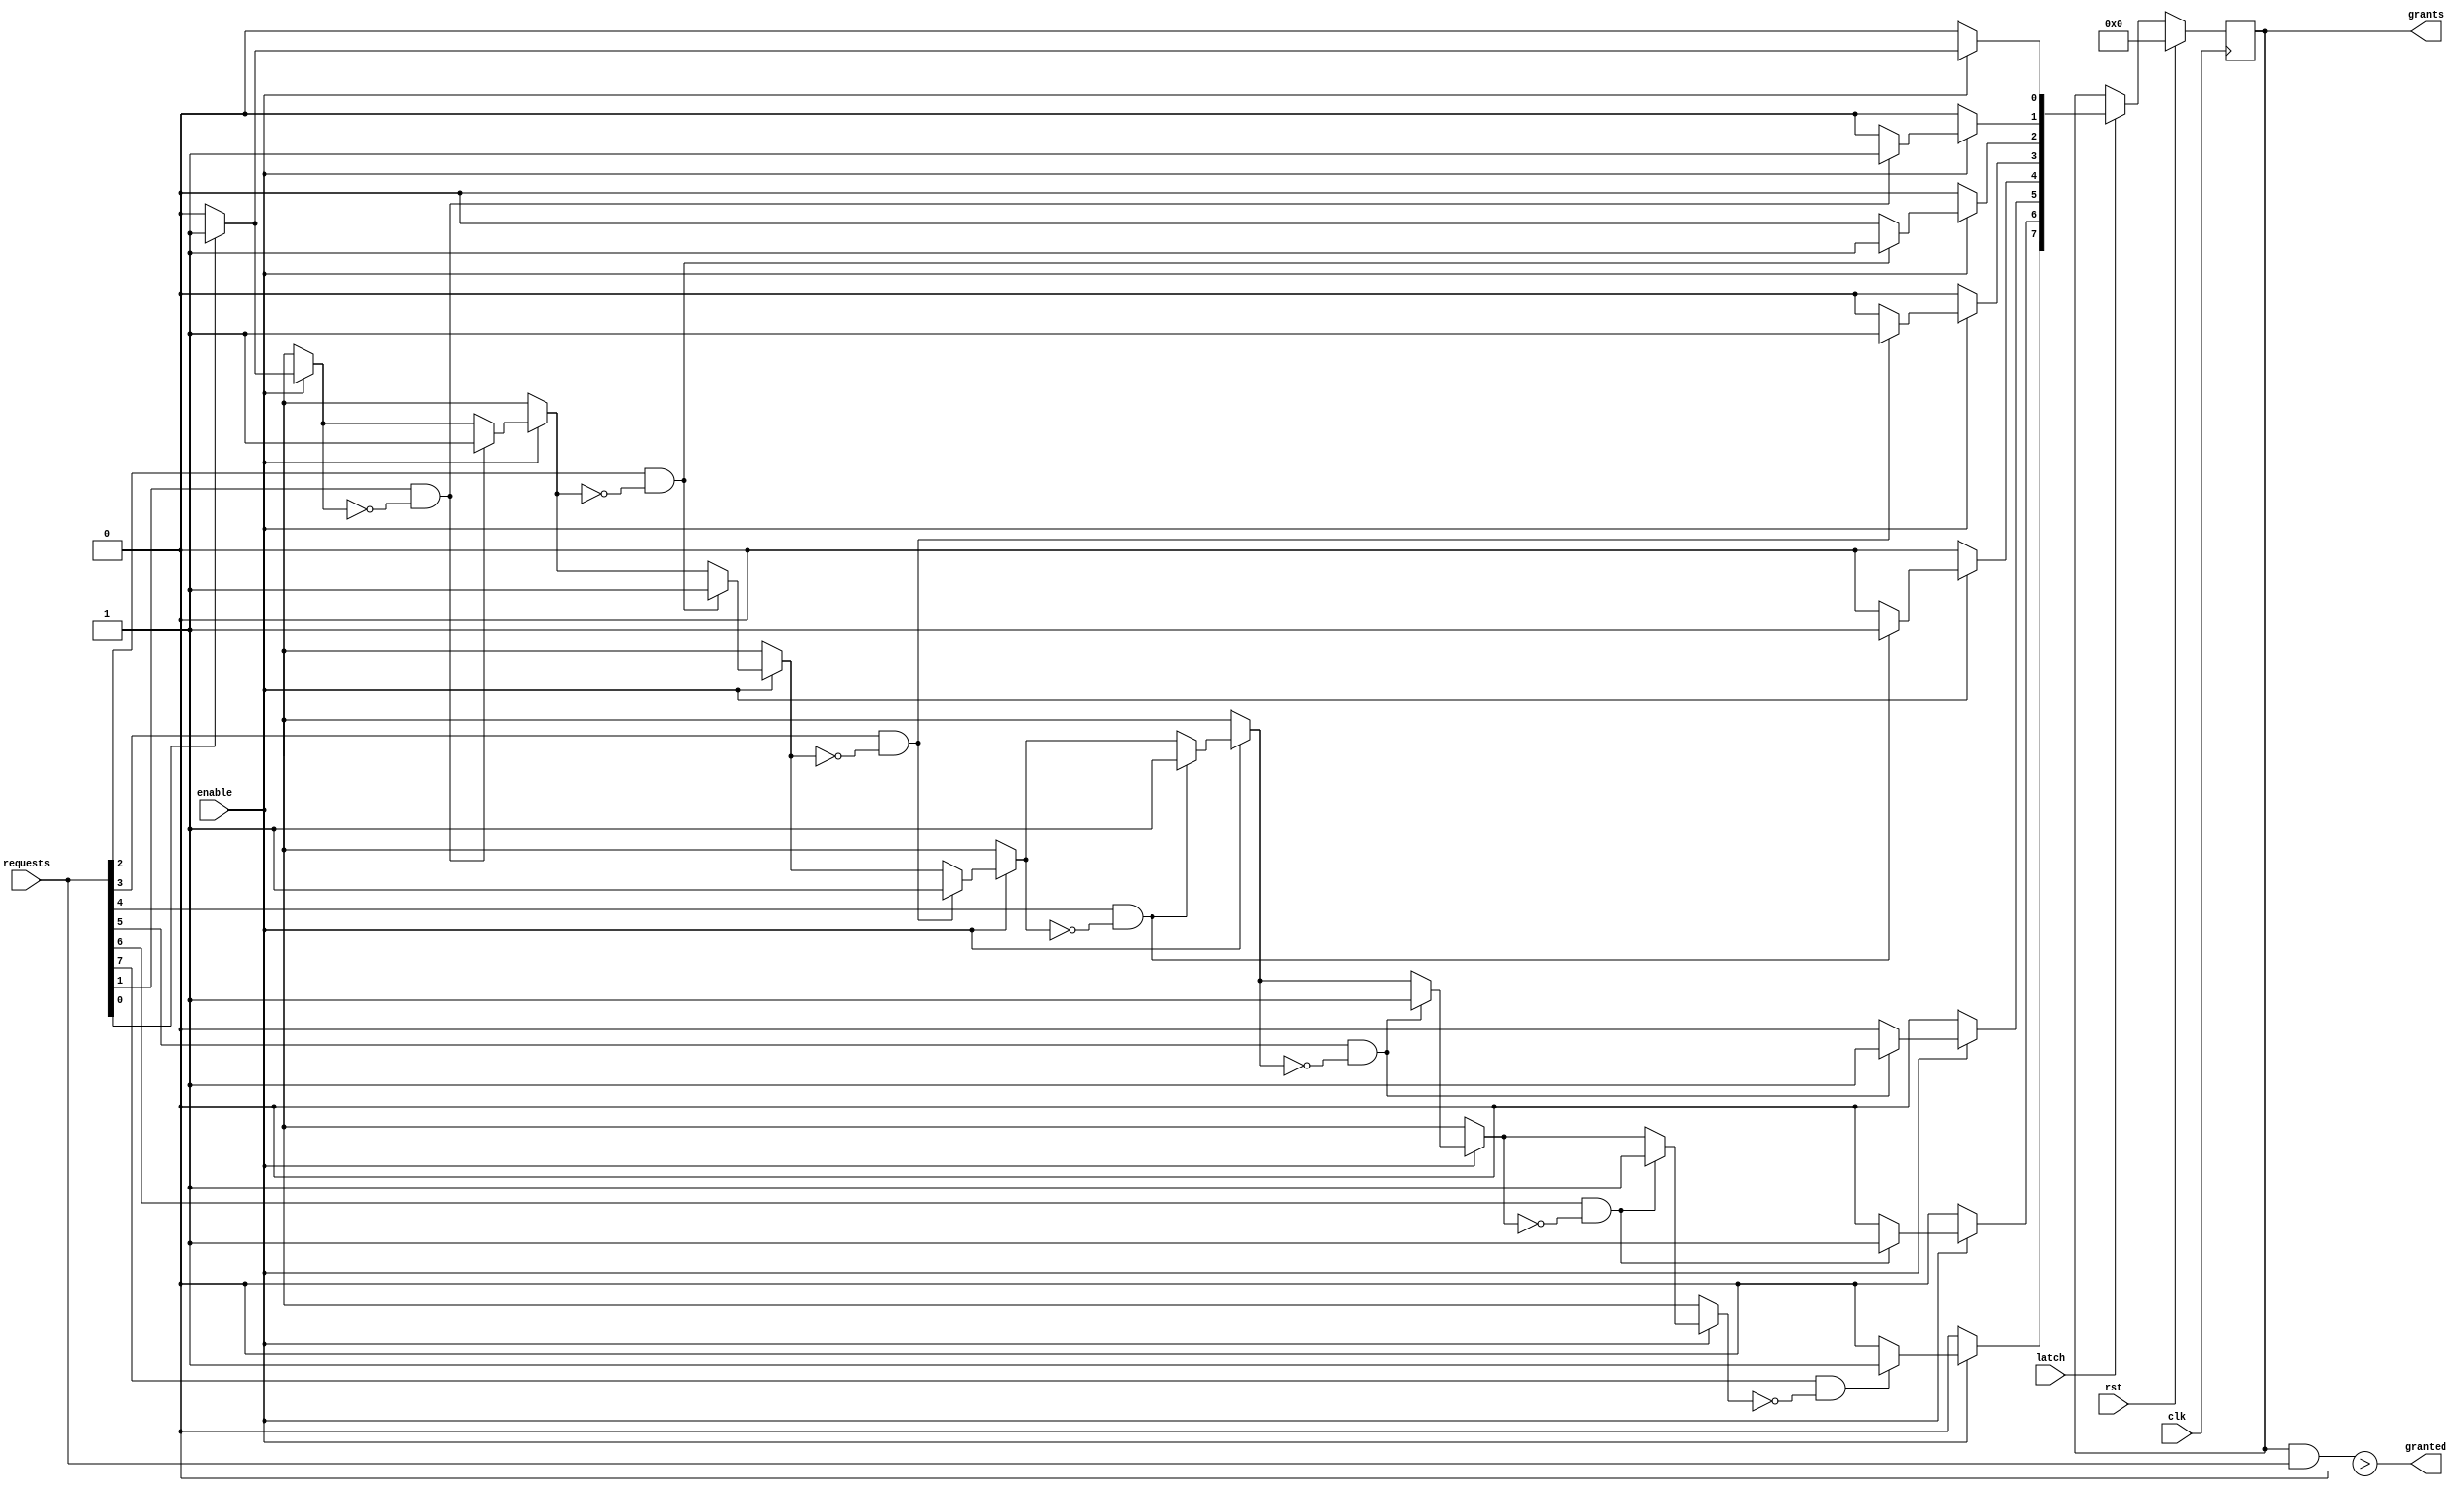
module priority_select(clk, rst, enable, latch, requests, grants, granted);
parameter WIDTH=8;	

input clk;
input rst;
input enable;
input latch;

input [WIDTH-1:0] requests;
output reg [WIDTH-1:0] grants;
output granted;

reg [WIDTH-1:0] temp_grants;

assign granted = (grants & requests) > 0;

integer ii;
reg temp_granted;
always @* begin
	temp_grants = 0;
	temp_granted = 1'b0;
	
	//Only grant one request, and only if the priority selector is enabled...
	if(enable) begin
		for(ii = 0; ii < WIDTH; ii=ii+1) begin
			if(requests[ii] && ~temp_granted) begin
				temp_grants[ii] = 1'b1;
				temp_granted = 1'b1;
			end
		end
	end
end

always @(posedge clk) begin
	if(rst) begin
		grants <= 0;
	end else begin
		if(latch) begin
			grants <= temp_grants;
		end
	end
end

endmodule